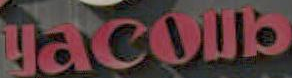
Jacob